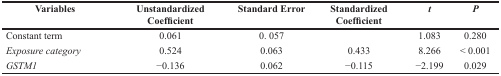
<table><thead><tr><td><b>Variables</b></td><td><b>Unstandardized Coefficient</b></td><td><b>Standard Error</b></td><td><b>Standardized Coefficient</b></td><td><b><i>t</i></b></td><td><b><i>P</i></b></td></tr></thead><tbody><tr><td>Constant term</td><td>0.061</td><td>0. 057</td><td></td><td>1.083</td><td>0.280</td></tr><tr><td><i>Exposure category</i></td><td>0.524</td><td>0.063</td><td>0.433</td><td>8.266</td><td>&lt; 0.001</td></tr><tr><td><i>GSTM1</i></td><td>−0.136</td><td>0.062</td><td>−0.115</td><td>−2.199</td><td>0.029</td></tr></tbody></table>